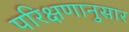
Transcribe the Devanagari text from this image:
परिक्षणानुसार